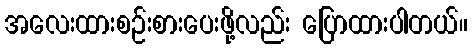
အလေးထားစဉ်းစားပေးဖို့လည်း ပြောထားပါတယ်။